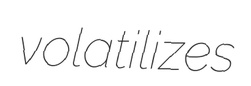
volatilizes